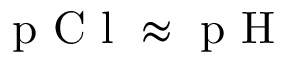
\mathrm { ~ p ~ C ~ l ~ } \approx \mathrm { ~ p ~ H ~ }